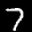
Label: 7